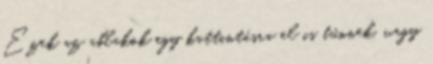
Ezek az ablakok egy kattintásra el is tűnnek, vagy